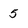
Character: 5